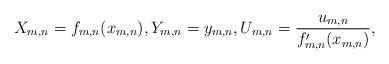
LaTeX: \begin{align*}X_{m,n} = f_{m,n}(x_{m,n}),Y_{m,n}=y_{m,n},U_{m,n}=\frac{u_{m,n}}{f_{m,n}^\prime(x_{m,n})},\end{align*}